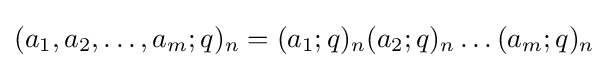
(a_{1},a_{2},\ldots ,a_{m};q)_{n}=(a_{1};q)_{n}(a_{2};q)_{n}\ldots (a_{m};q)_{n}